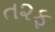
ત૨ફ